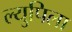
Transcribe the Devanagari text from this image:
ल्युपिला